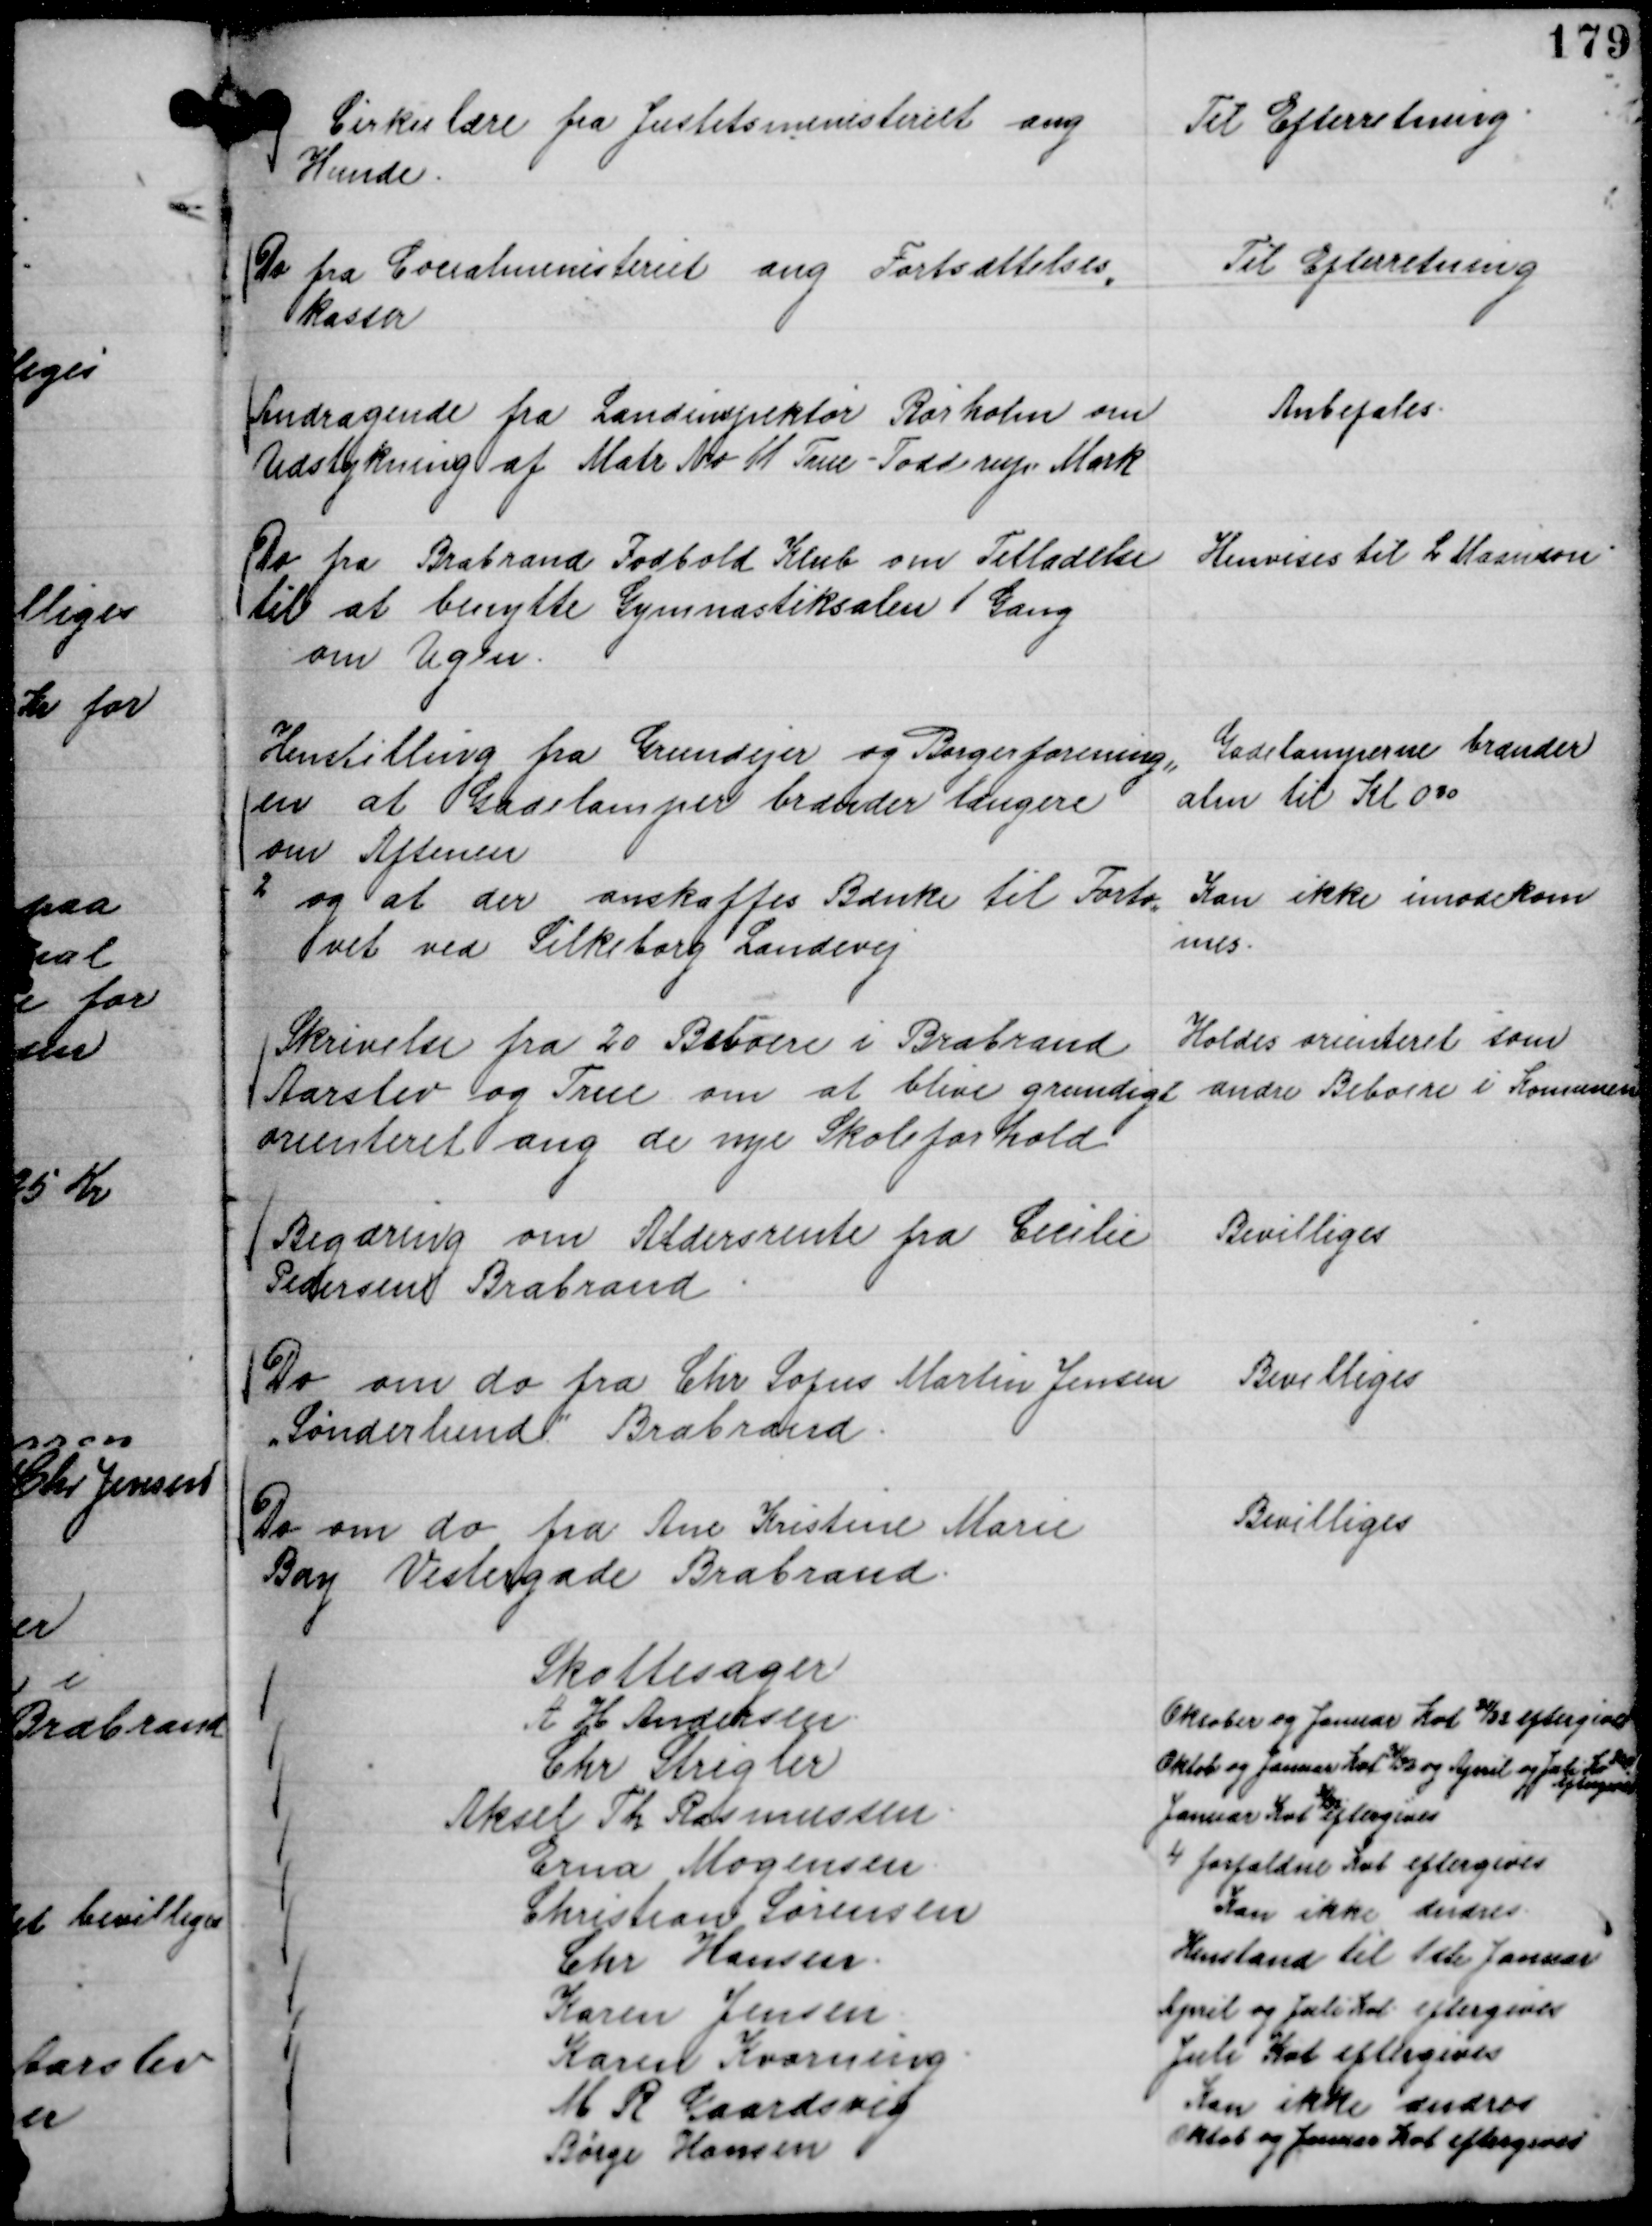
Transskription:
Cirkulære fra Justitsministeriet ang
Hunde.

Til Efterretning.

Do fra Cocialministeriet ang Fortsættelses,,
kasser

Til Efterretning

Andragende fra Landinspektør Rørholm om
Udstykning af Matr No 11 True - Todderup Mark

Anbefales.

Do fra Brabrand Fodbold Klub om Tilladelse
til at benytte Gymnastiksalen 1 Gang
om Ugen.

Henvises til L Maanson.

Henstilling fra Grundejer og Borgerforening,,
en at Gadelamper brænder længere
om Aftenen

Gadelamperne brænder
alm til Kl 0.30

2 og at der anskaffes Bænke til Forto,,
vet ved Silkeborg Landevej

Kan ikke imødekom
mes.

Skrivelse fra 20 Beboere i Brabrand
Aarslev og True om at blive grundigt
orienteret ang de nye Skoleforhold

Holdes orienteret som
andre Beboere i Komunen

Begæring om Aldersrente fra Cecilie
Pedersen Brabrand

Bevilliges

Do om do fra Chr Sofus Martin Jensen
"Sønderlund"

Brabrand.

Bevilliges

Do om do fra Ane Kristine Marie
Bay Vestergade Brabrand.

Bevilliges

Skattesager
A H Andersen.
Oktober og Januar Kvt 31/32 eftergives
Chr Strigler
Oktob og Januar Kvt 31/32 og April og Juli Kv 32
eftergives
Aksel Th Rasmussen.
Januar Kvt
31/32
eftergives
Erna Mogensen.
4 forfaldne Kvt eftergives
Christian Sørensen
Kan ikke ændres.
Chr Hansen.
Henstand til 1ste Januar
Karen Jensen.
April og Juli Kvt. eftergives
Karen Kvorning.
Juli Kvt eftergives
M R Gaardsvig
Kan ikke ændres
Børge Hansen
Oktob og Januar Kvt eftergives